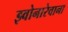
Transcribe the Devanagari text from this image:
झ्वोनारेवाना